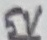
Text: 5V